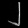
Digit: ၂